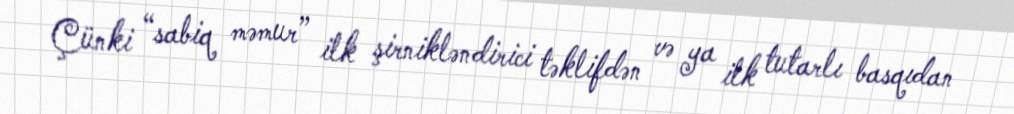
Çünki “sabiq məmur” ilk şirnikləndirici təklifdən və ya ilk tutarlı basqıdan